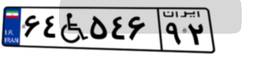
۶۴W۵۴۶۹۲